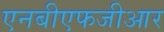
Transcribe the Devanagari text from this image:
एनबीएफजीआर